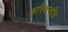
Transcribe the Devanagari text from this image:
अनियन्त्रीत